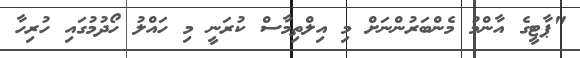
"ޕާޓީގެ އާންމު މެންބަރުންނަށް މި އިލްތިމާސް ކުރަނީ މި ހައްލު ހޯދުމުގައި ހުރިހާ